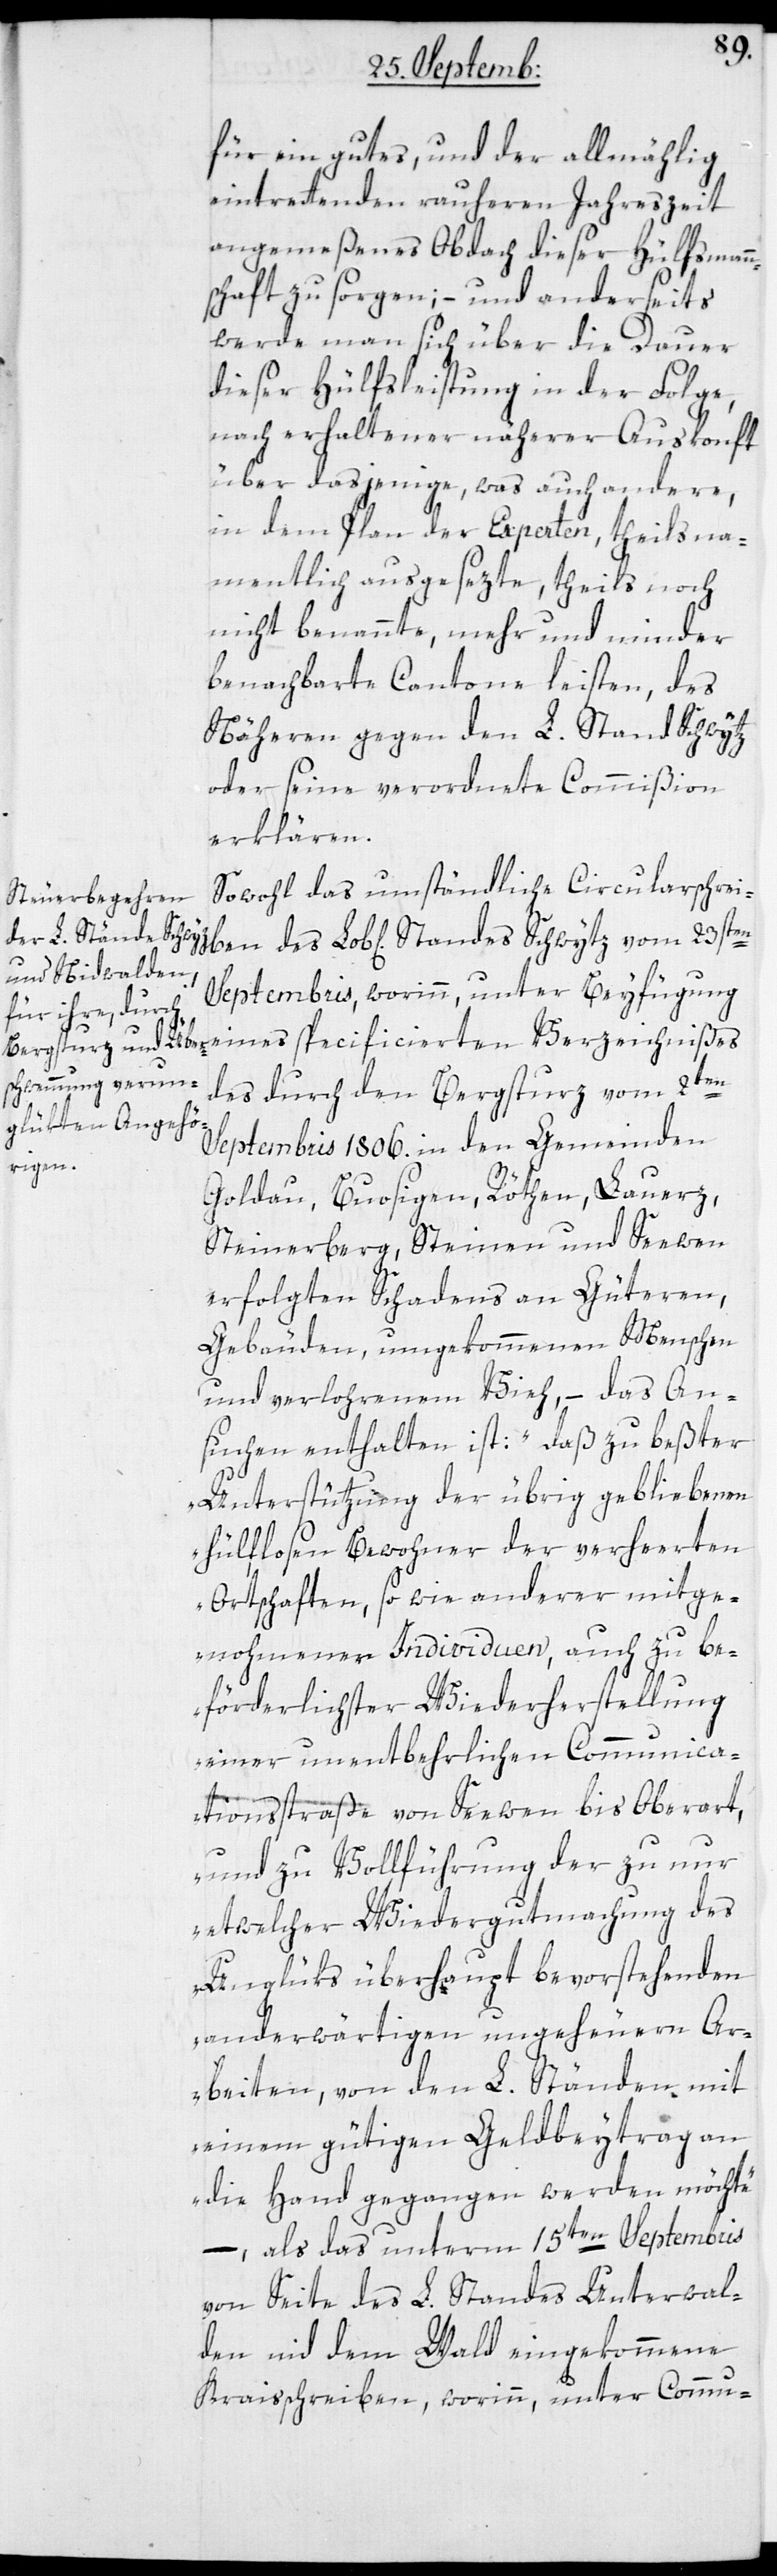
für ein gutes, und der allmählig
eintrettenden raueren Jahreszeit
angemeßenes Obdach dieser Hülfsmann¬
schaft zu sorgen; – und anderseits
werde man sich über die Dauer
dieser Hülfsleistung in der Folge,
nach erhaltener näherer Auskonft
über dasjenige, was auch andere,
in dem Plan der Experten, theils na¬
mentlich ausgesezte, theils noch
nicht benannte, mehr und minder
benachbarte Cantone leisten, des
Näheren gegen den L. Stand Schwytz
oder seine verordnete Commißion
erklären.
Sowohl das umständliche Circularschreiben
Septembris, worinn unter Beyfügung
eines specificierten Verzeichnißes
des durch den Bergsturz vom
Septembris 1806. in den Gemeinden
Goldau, Buosigen, Röthen, Lauerz,
Steinerberg, Steinen und Seewen
erfolgten Schadens an Güteren,
Gebäuden, umgekommenen Menschen
und verlohrenem Vieh, – das An¬
suchen enthalten ist: „daß zu beßter
Unterstützung der übrig gebliebenen
hülflosen Bewohner der verheerten
Ortschaften, sowie anderer mitge¬
nohmener Individuen, auch zu be¬
förderlichster Wiederherstellung
einer unentbehrlichen Communica¬
tionsstraße von Seewen bis Oberart,
und zu Vollführung der zu nur
etwelcher Wiedergutmachung des
Unglüks überhaupt bevorstehenden
anderwärtigen ungeheuern Ar¬
beiten; von den L. Ständen mit
einem gütigen Geldbeytrag an
die Hand gegangen werden möchte,“
– als das unterm 15ten Septembris
von Seite des L. Standes Unterwal¬
den nid dem Wald eingekommene
Kraisschreiben, worinn unter Commu-